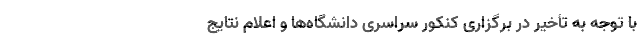
با توجه به تأخیر در برگزاری کنکور سراسری دانشگاه‌ها و اعلام نتایج